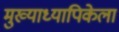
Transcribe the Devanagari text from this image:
मुख्याध्यापिकेला